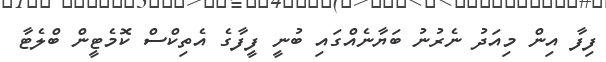
ފިފާ އިން މިއަދު ނެރުނު ބަޔާނެއްގައި ބުނީ ފީފާގެ އެތިކްސް ކޮމެޓީން ބްލެޓާ